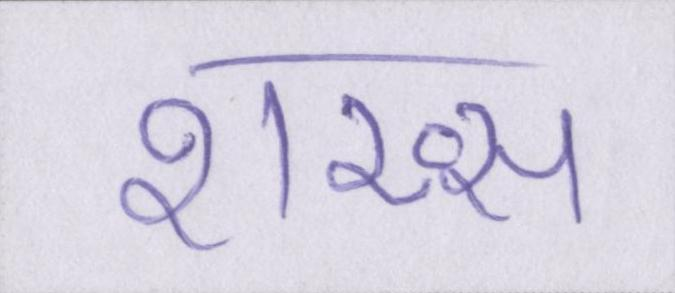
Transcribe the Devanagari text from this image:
शख्स